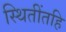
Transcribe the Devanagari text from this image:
स्थितींतहि